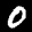
Label: 0